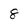
Character: 8